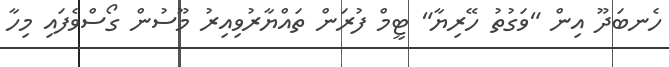
ހެނބަދޫ އިން "ވަގުތު ހޭރިޔާ" ޓީމް ފުރަން ތައްޔާރުވިއިރު މޫސުން ގޯސްވެފައި މިހާ